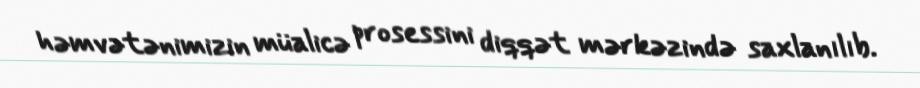
həmvətənimizin müalicə prosessini diqqət mərkəzində saxlanılıb.